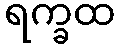
ရက္ခထ